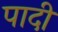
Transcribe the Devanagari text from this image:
पादी